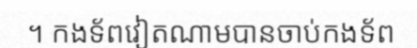
។ កងទ័ពវៀតណាមបានចាប់កងទ័ព